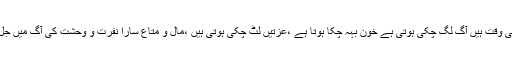
ہم تو جاگتے اسی وقت ہیں آگ لگ چکی ہوتی ہے خون بہہ چکا ہوتا ہے ،عزتیں لُٹ چکی ہوتی ہیں ،مال و متاع سارا نفرت و وحشت کی آگ میں جل چکا ہوتا ہے !